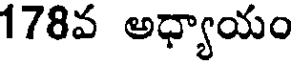
178వ అధ్యాయం